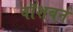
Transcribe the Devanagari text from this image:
वॉशबर्न